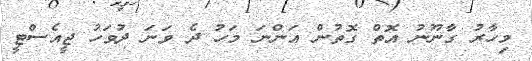
މިހާރު ގާނޫނު އޮތް ގޮތުން އަންނަ މަހު ދެ ވަނަ ދުވަހު ޖީއެސްޓީ